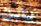
يابن